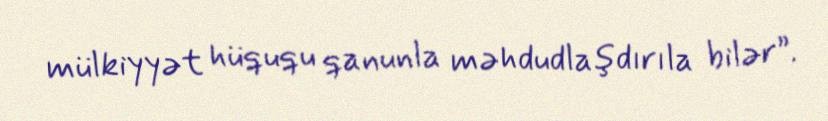
mülkiyyət hüququ qanunla məhdudlaşdırıla bilər”.